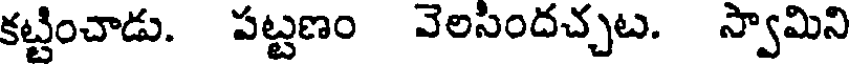
కట్టించాడు. పట్టణం వెలసిందచ్చట. స్వామిని